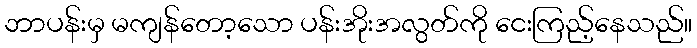
ဘာပန်းမှ မကျန်တော့သော ပန်းအိုးအလွတ်ကို ငေးကြည့်နေသည်။